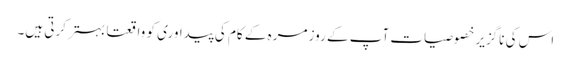
اس کی ناگزیر خصوصیات آپ کے روز مرہ کے کام کی پیداوری کو واقعتا بہتر کرتی ہیں۔